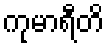
ကုမာရီတိ